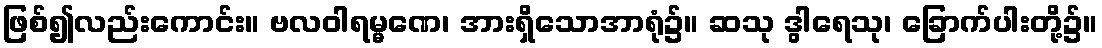
ဖြစ်၍လည်းကောင်း။ ဗလဝါရမ္မဏေ၊ အားရှိသောအာရုံ၌။ ဆသု ဒွါရေသု၊ ခြောက်ပါးတို့၌။